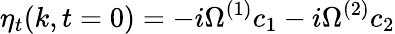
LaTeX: \eta_{t}(k,t=0)=-i\Omega^{(1)}c_{1}-i\Omega^{(2)}c_{2}